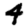
Digit: 4